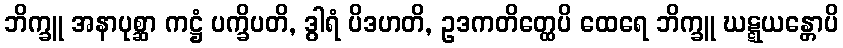
ဘိက္ခူ အနာပုစ္ဆာ ကဋ္ဌံ ပက္ခိပတိ, ဒွါရံ ပိဒဟတိ, ဥဒကတိတ္ထေပိ ထေရေ ဘိက္ခူ ဃဋ္ဋယန္တောပိ